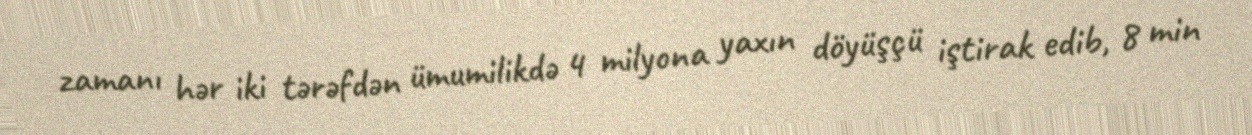
zamanı hər iki tərəfdən ümumilikdə 4 milyona yaxın döyüşçü iştirak edib, 8 min